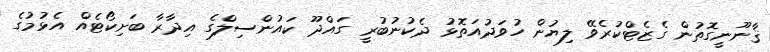
ޤާނޫނީގޮތުން ގެޒެޓްކުރެވޭ ލިޔުން ހުވަދުއަތޮޅު ދެކުނުބުރީ ގައްދޫ ކައުންސިލްގެ އިދާރާ ބަށިކޯޓެއް އެޅުމުގެ